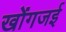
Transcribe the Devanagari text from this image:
खोंगजई